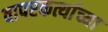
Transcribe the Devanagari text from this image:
वापरकर्त्याच्या